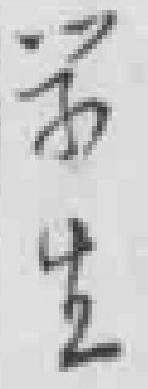
学生